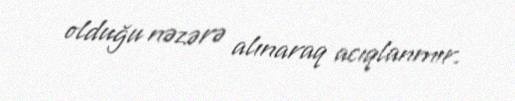
olduğu nəzərə alınaraq acıqlanmır.